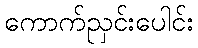
ကောက်ညှင်းပေါင်း